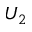
U _ { 2 }